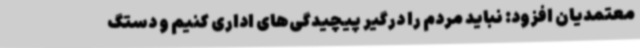
معتمدیان افزود: نباید مردم را درگیر پیچیدگی‌های اداری کنیم و دستگ